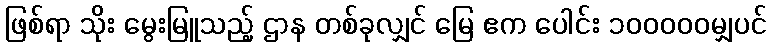
ဖြစ်ရာ သိုး မွေးမြူသည့် ဌာန တစ်ခုလျှင် မြေ ဧက ပေါင်း ၁၀၀၀၀၀မျှပင်